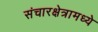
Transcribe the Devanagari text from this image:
संचारक्षेत्रामध्ये